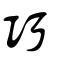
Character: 巧